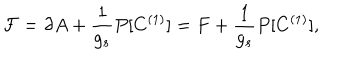
LaTeX: { \cal F } = \partial A + \frac { 1 } { g _ { s } } P [ C ^ { ( 1 ) } ] = F + \frac { 1 } { g _ { s } } P [ C ^ { ( 1 ) } ] ,